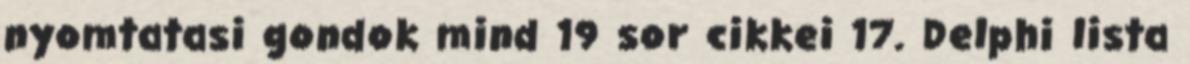
nyomtatasi gondok mind 19 sor cikkei 17. Delphi lista